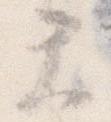
て